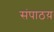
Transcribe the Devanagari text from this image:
संपाठय़